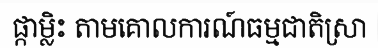
ផ្កាម្លិះ តាមគោលការណ៍ធម្មជាតិស្រា